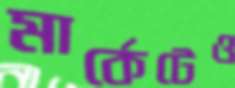
মার্কেটেও